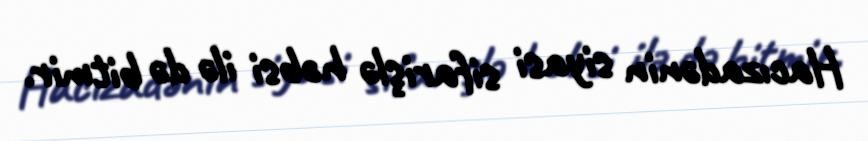
Hacızadənin siyasi sifarişlə həbsi ilə də bitmir.